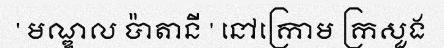
' មណ្ឌល ប៉ាតានី ' នៅក្រោម ក្រសួង